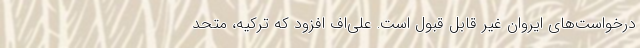
درخواست‌های ایروان غیر قابل قبول است. علی‌اف افزود که ترکیه، متحد